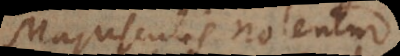
Majusculis notentur